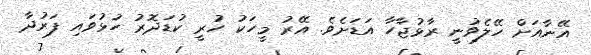
އޭނާއަށް ހޭލެވުނީ ރާޅުޖާހާ އަޑަށެވެ. އޭރު މީހަކު ހުރީ ކުޑަދޮރު ހުޅުވައި ފަރުދާ